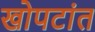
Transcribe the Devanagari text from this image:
खोपटांत